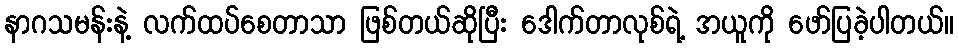
နာဂသမန်းနဲ့ လက်ထပ်စေတာသာ ဖြစ်တယ်ဆိုပြီး ဒေါက်တာလုစ်ရဲ့ အယူကို ဖော်ပြခဲ့ပါတယ်။